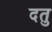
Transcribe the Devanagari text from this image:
दतु